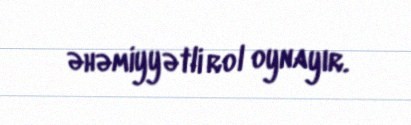
əhəmiyyətli rol oynayır.